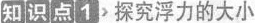
知识点1>探究浮力的大小